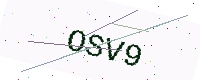
Text: OSV9